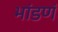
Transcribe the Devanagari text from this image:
भांडणं